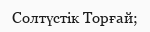
Солтүстік Торғай;